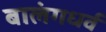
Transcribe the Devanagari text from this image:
बालंगधर्व